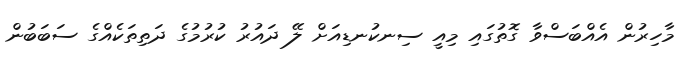
މާހިރުން އެއްބަސްވާ ގޮތުގައި މިއީ ސިނކުނޑިއަށް ލޭ ދައުރު ކުރުމުގެ ދަތިތަކެއްގެ ސަބަބުން